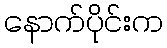
နောက်ပိုင်းက